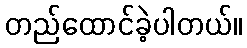
တည်ထောင်ခဲ့ပါတယ်။